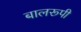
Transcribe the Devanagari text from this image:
बालरूपी